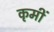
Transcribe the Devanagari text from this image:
कृमीं